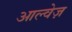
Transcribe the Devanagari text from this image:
आल्वेज़